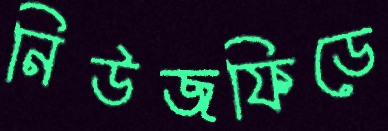
নিউজফিডে